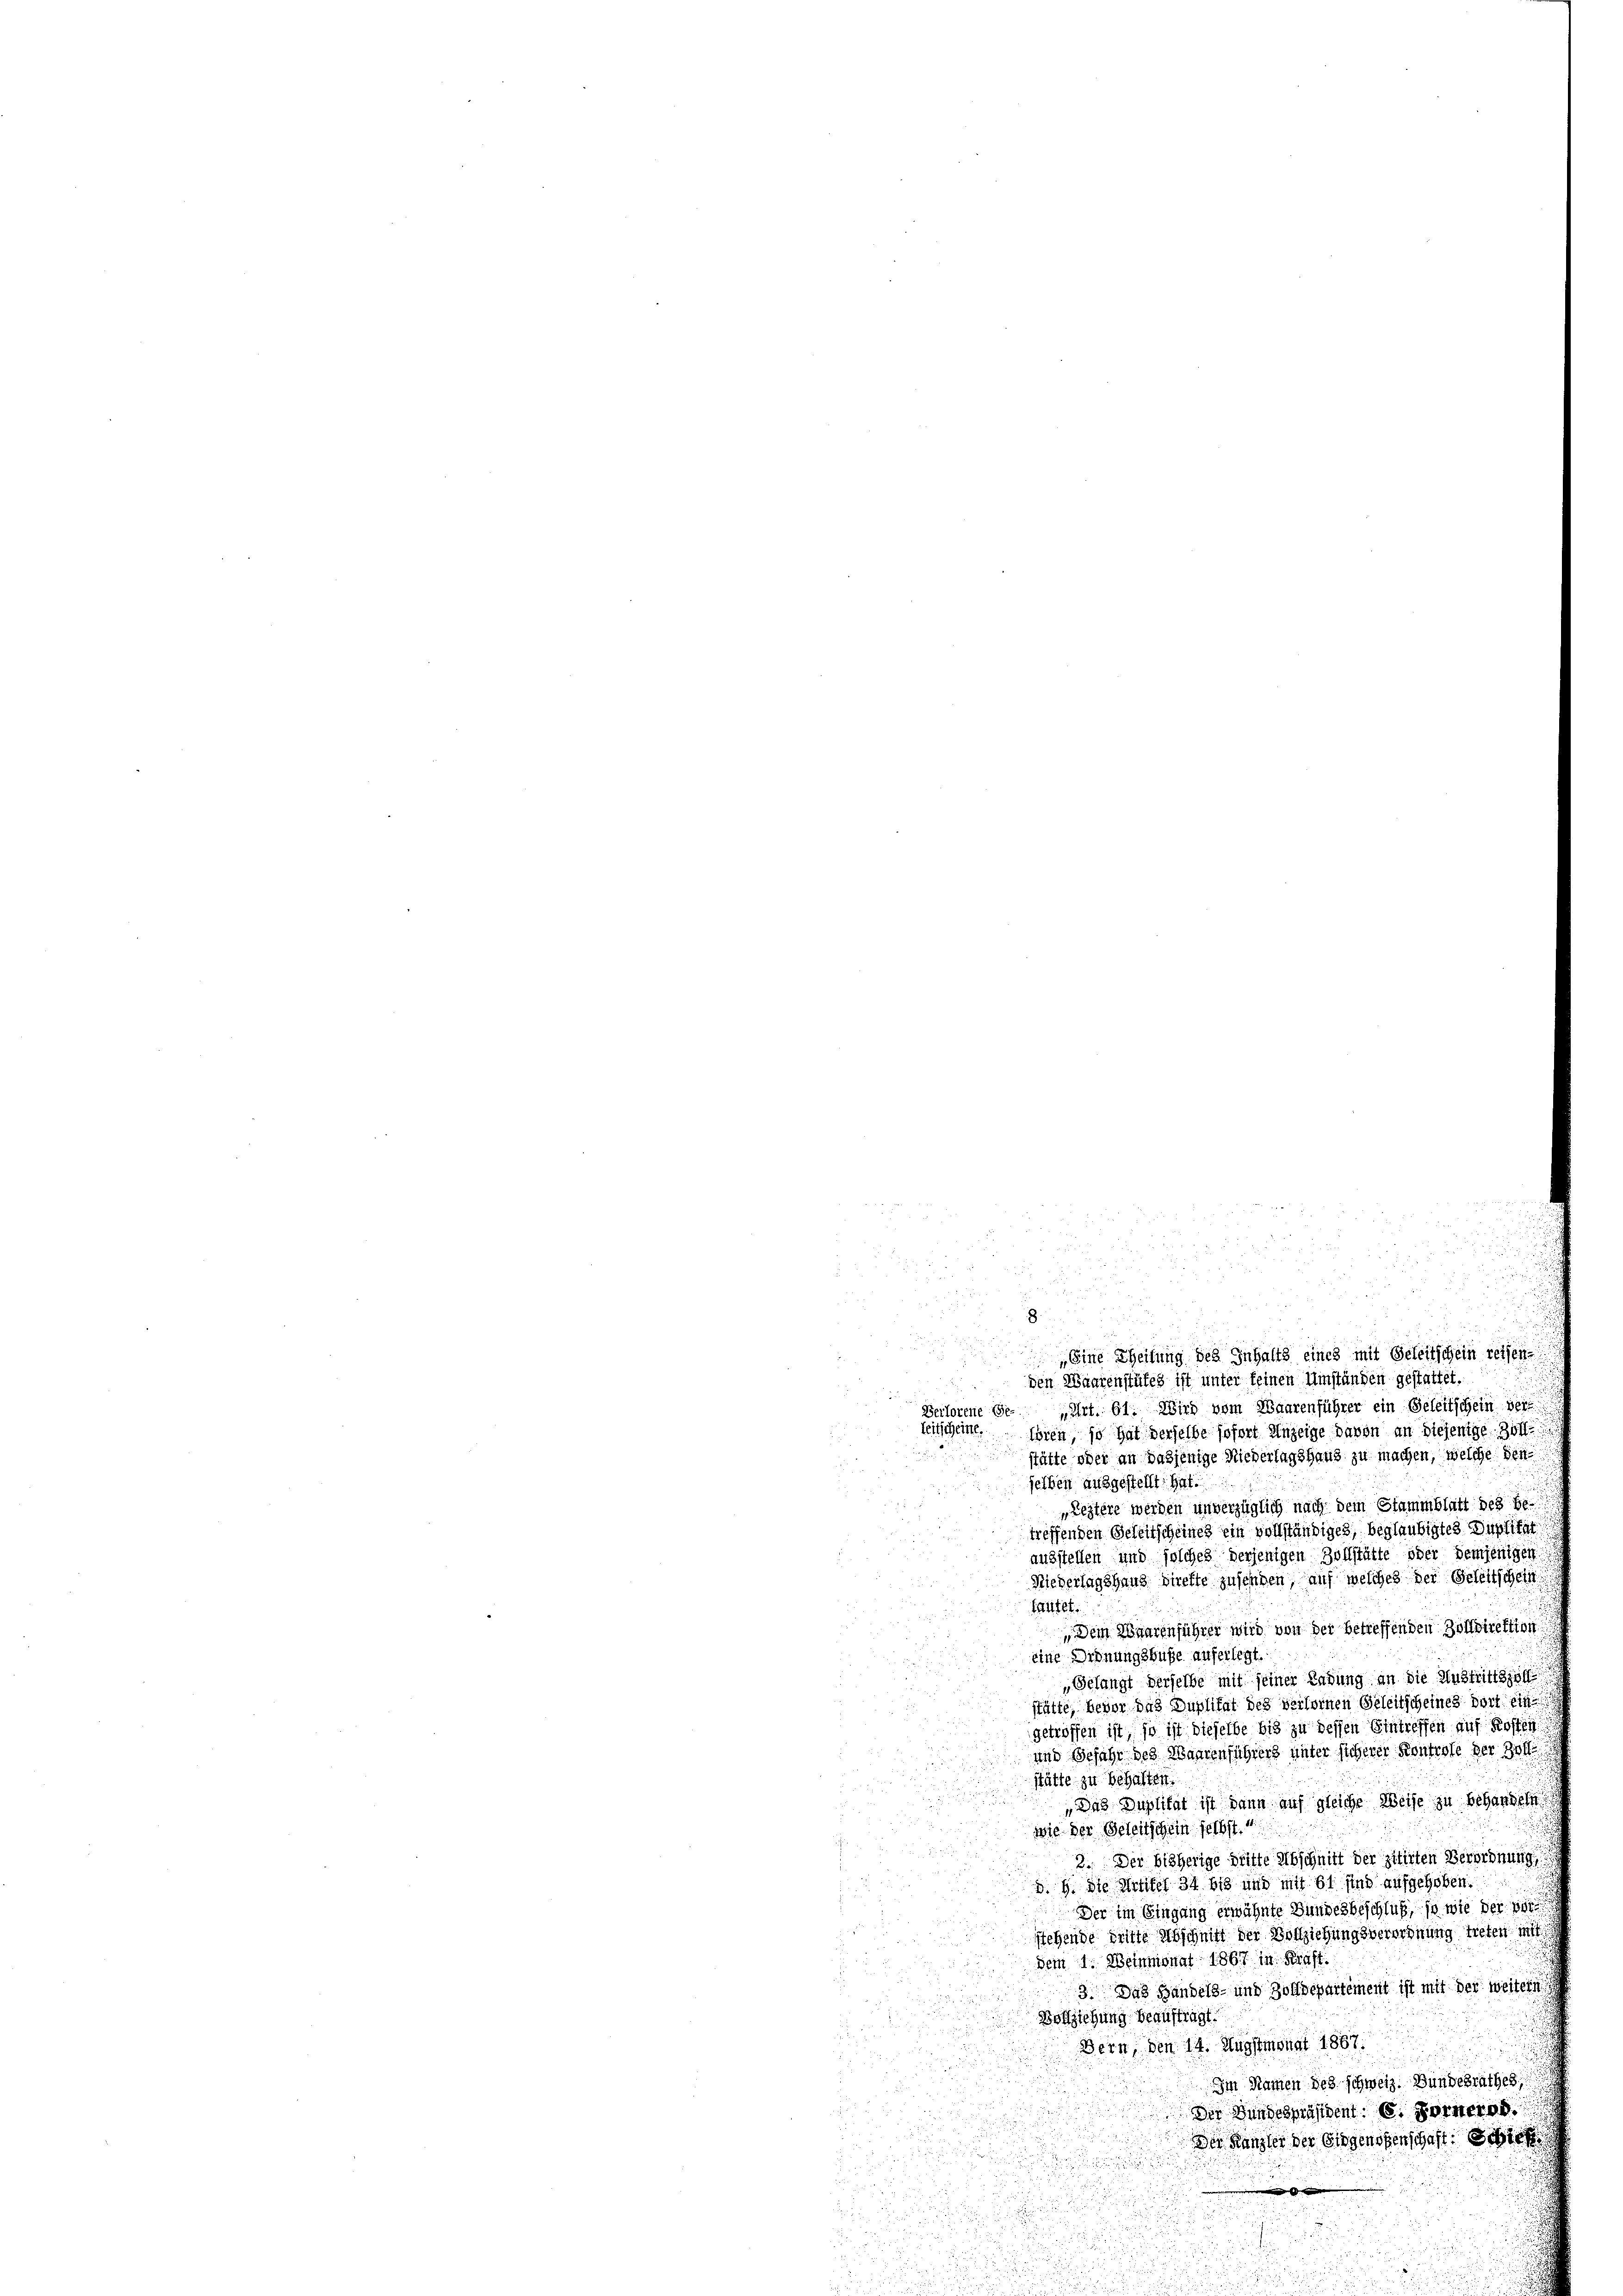
.

p
a

u

Eine Theilung des Inhalts eines mit Beleitschein reisen.
den Waarenstükes ist unter feinen Umständen gestattet.
B
„Art. 61. Wird vom Waarenführer ein Geleitschein ver
Berlorene Be
seitscheint. Wien, so hat derselbe sofort Anzeige davon an diejenige Zoll
stätte, oder an dasjenige Niederlagshaus zu machen, welche denselben ausgestellt: hat.
„Leztere werden unverzüglich nach dem Stammblatt des be
treffenden Geleitscheines ein vollständiges, beglaubigtes Suptitat
ausstellen und solches derjenigen Zollstätte oder demjenigen
Niederlagshaus direfte zusenden, auf welches der Gesellschein
fautet.
Dem Waarenführer wird von der betreffenden Zolldirektion
eine Ordnungsbuße auferlegt.
Gelangt derselbe mit seiner Ladung an die Austrittszöll
stätte, bevor das Duplitat des verlornen Geleitscheines dort ein
getroffen ist, so ist dieselbe bis zu dessen Eintreffen auf Kosten
und Gefahr des Waarenführers unter sicherer Kontrole der Gott
stätte zu behalten.
Das Duplität ist dann auf gleiche Weise zu behandeln
2
wie der Geleitschein selbst.
.
2. Der bisherige Dritte Abschnitt der zitirten Verordnung
d. 9. die Artikel 34 bis und mit 61 sind aufgehoben.
Der im Eingang erwähnte Bundesbeschluß, so wie der von
stehende Mitte Abschnitt der Vollziehungsverordnung treten mit
dem 1. Weinmonat 1867 in Kraft.
3. Das Handels- und Zolldepartement ist mit der weitern
Bollziehung beaufträgt.
Bern, den 14. Augstmonat 1867.
Im Namen des schweiz. Bundesrathes,
Der Bundespräsident. 6. Forneren.
Der Kanzler der Eigendenschaft sehe

u
u